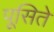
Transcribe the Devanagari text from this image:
पूसिते